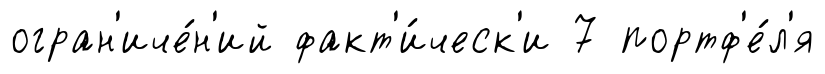
огран'иче́н'ий факт'и́ческ'и 7 портф'е́л'я